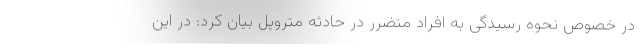
در خصوص نحوه رسیدگی به افراد متضرر در حادثه متروپل بیان کرد: در این